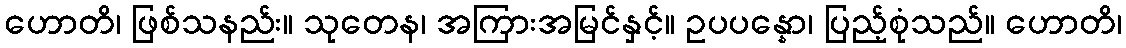
ဟောတိ၊ ဖြစ်သနည်း။ သုတေန၊ အကြားအမြင်နှင့်။ ဥပပန္နော၊ ပြည့်စုံသည်။ ဟောတိ၊